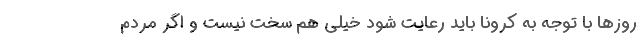
روزها با توجه به کرونا باید رعایت شود خیلی هم سخت نیست و اگر مردم